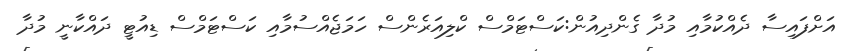
އަށްފައިސާ ދެއްކުމާއި މުދާ ގެންދިއުން:ކަސްޓަމްސް ކްލިއަރެންސް ހަމަޖެއްސުމާއި ކަސްޓަމްސް ޑިއުޓީ ދައްކާނީ މުދާ